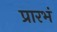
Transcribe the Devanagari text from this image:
प्रारभं